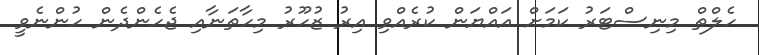
ހެލްތް މިނިސްޓަރު ކަމަށް އައްޔަން ކުރެއްވި އިރު ޒުހޫރު މިހާތަނާއި ޖެހެންދެން ހުންނެވީ